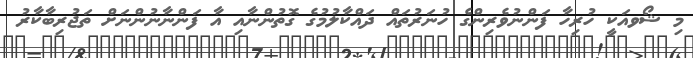
މި ޝޯވއަކީ ހުރިހާ ފަންނުވެރިންގެ ހުނަރުތައް ދައްކާލުމުގެ ގޮތުންނާއި އާ ފަންނާނުންނަށް ތަޖުރިބާކާރު